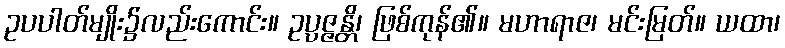
ဥပပါတ်မျိုး၌လည်းကောင်း။ ဥပ္ပဇ္ဇန္တိ၊ ဖြစ်ကုန်၏။ မဟာရာဇ၊ မင်းမြတ်။ ယထာ၊